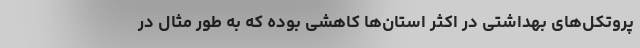
پروتکل‌های بهداشتی در اکثر استان‌ها کاهشی بوده که به طور مثال در